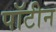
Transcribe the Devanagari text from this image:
पॉटीन